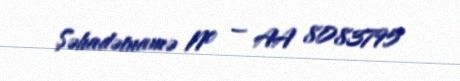
Şəhadətnamə № — AA 8083795